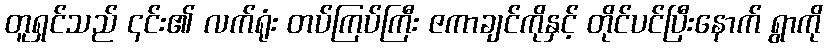
တူရှင်သည် ၎င်း၏ လက်ရုံး တပ်ကြပ်ကြီး ဇကာချင်ကိုနှင့် တိုင်ပင်ပြီးနောက် ရွာကို